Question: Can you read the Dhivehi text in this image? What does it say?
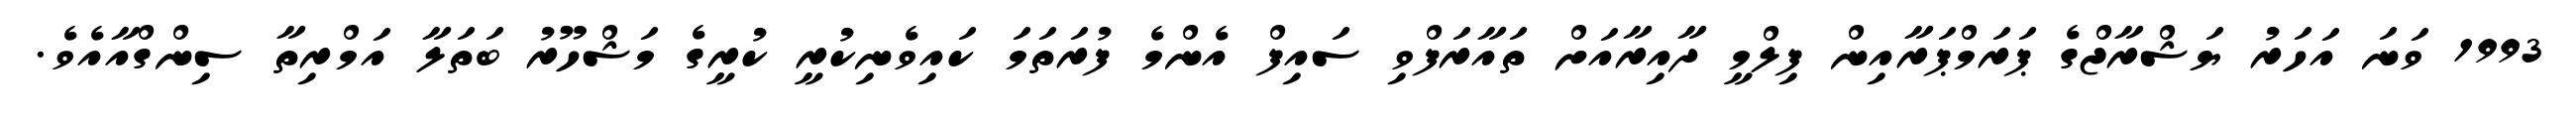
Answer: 1993 ވަނަ އަހަރު ޔަޝްރާޖްގެ ޕަރަމްޕަރާއިން ފިލްމީ ދާއިރާއަށް ތައާރަފްވި ސައިފް އެންމެ ފުރަތަމަ ކައިވެނިކުރީ ކުރީގެ މަޝްހޫރު ބަތަލާ އަމްރިތާ ސިންގްއާއެވެ.